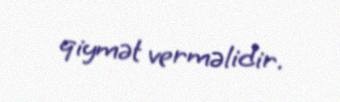
qiymət verməlidir.